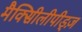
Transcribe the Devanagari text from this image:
मैक्सीिलीपीड्ज़